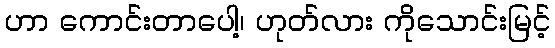
ဟာ ကောင်းတာပေါ့၊ ဟုတ်လား ကိုသောင်းမြင့်